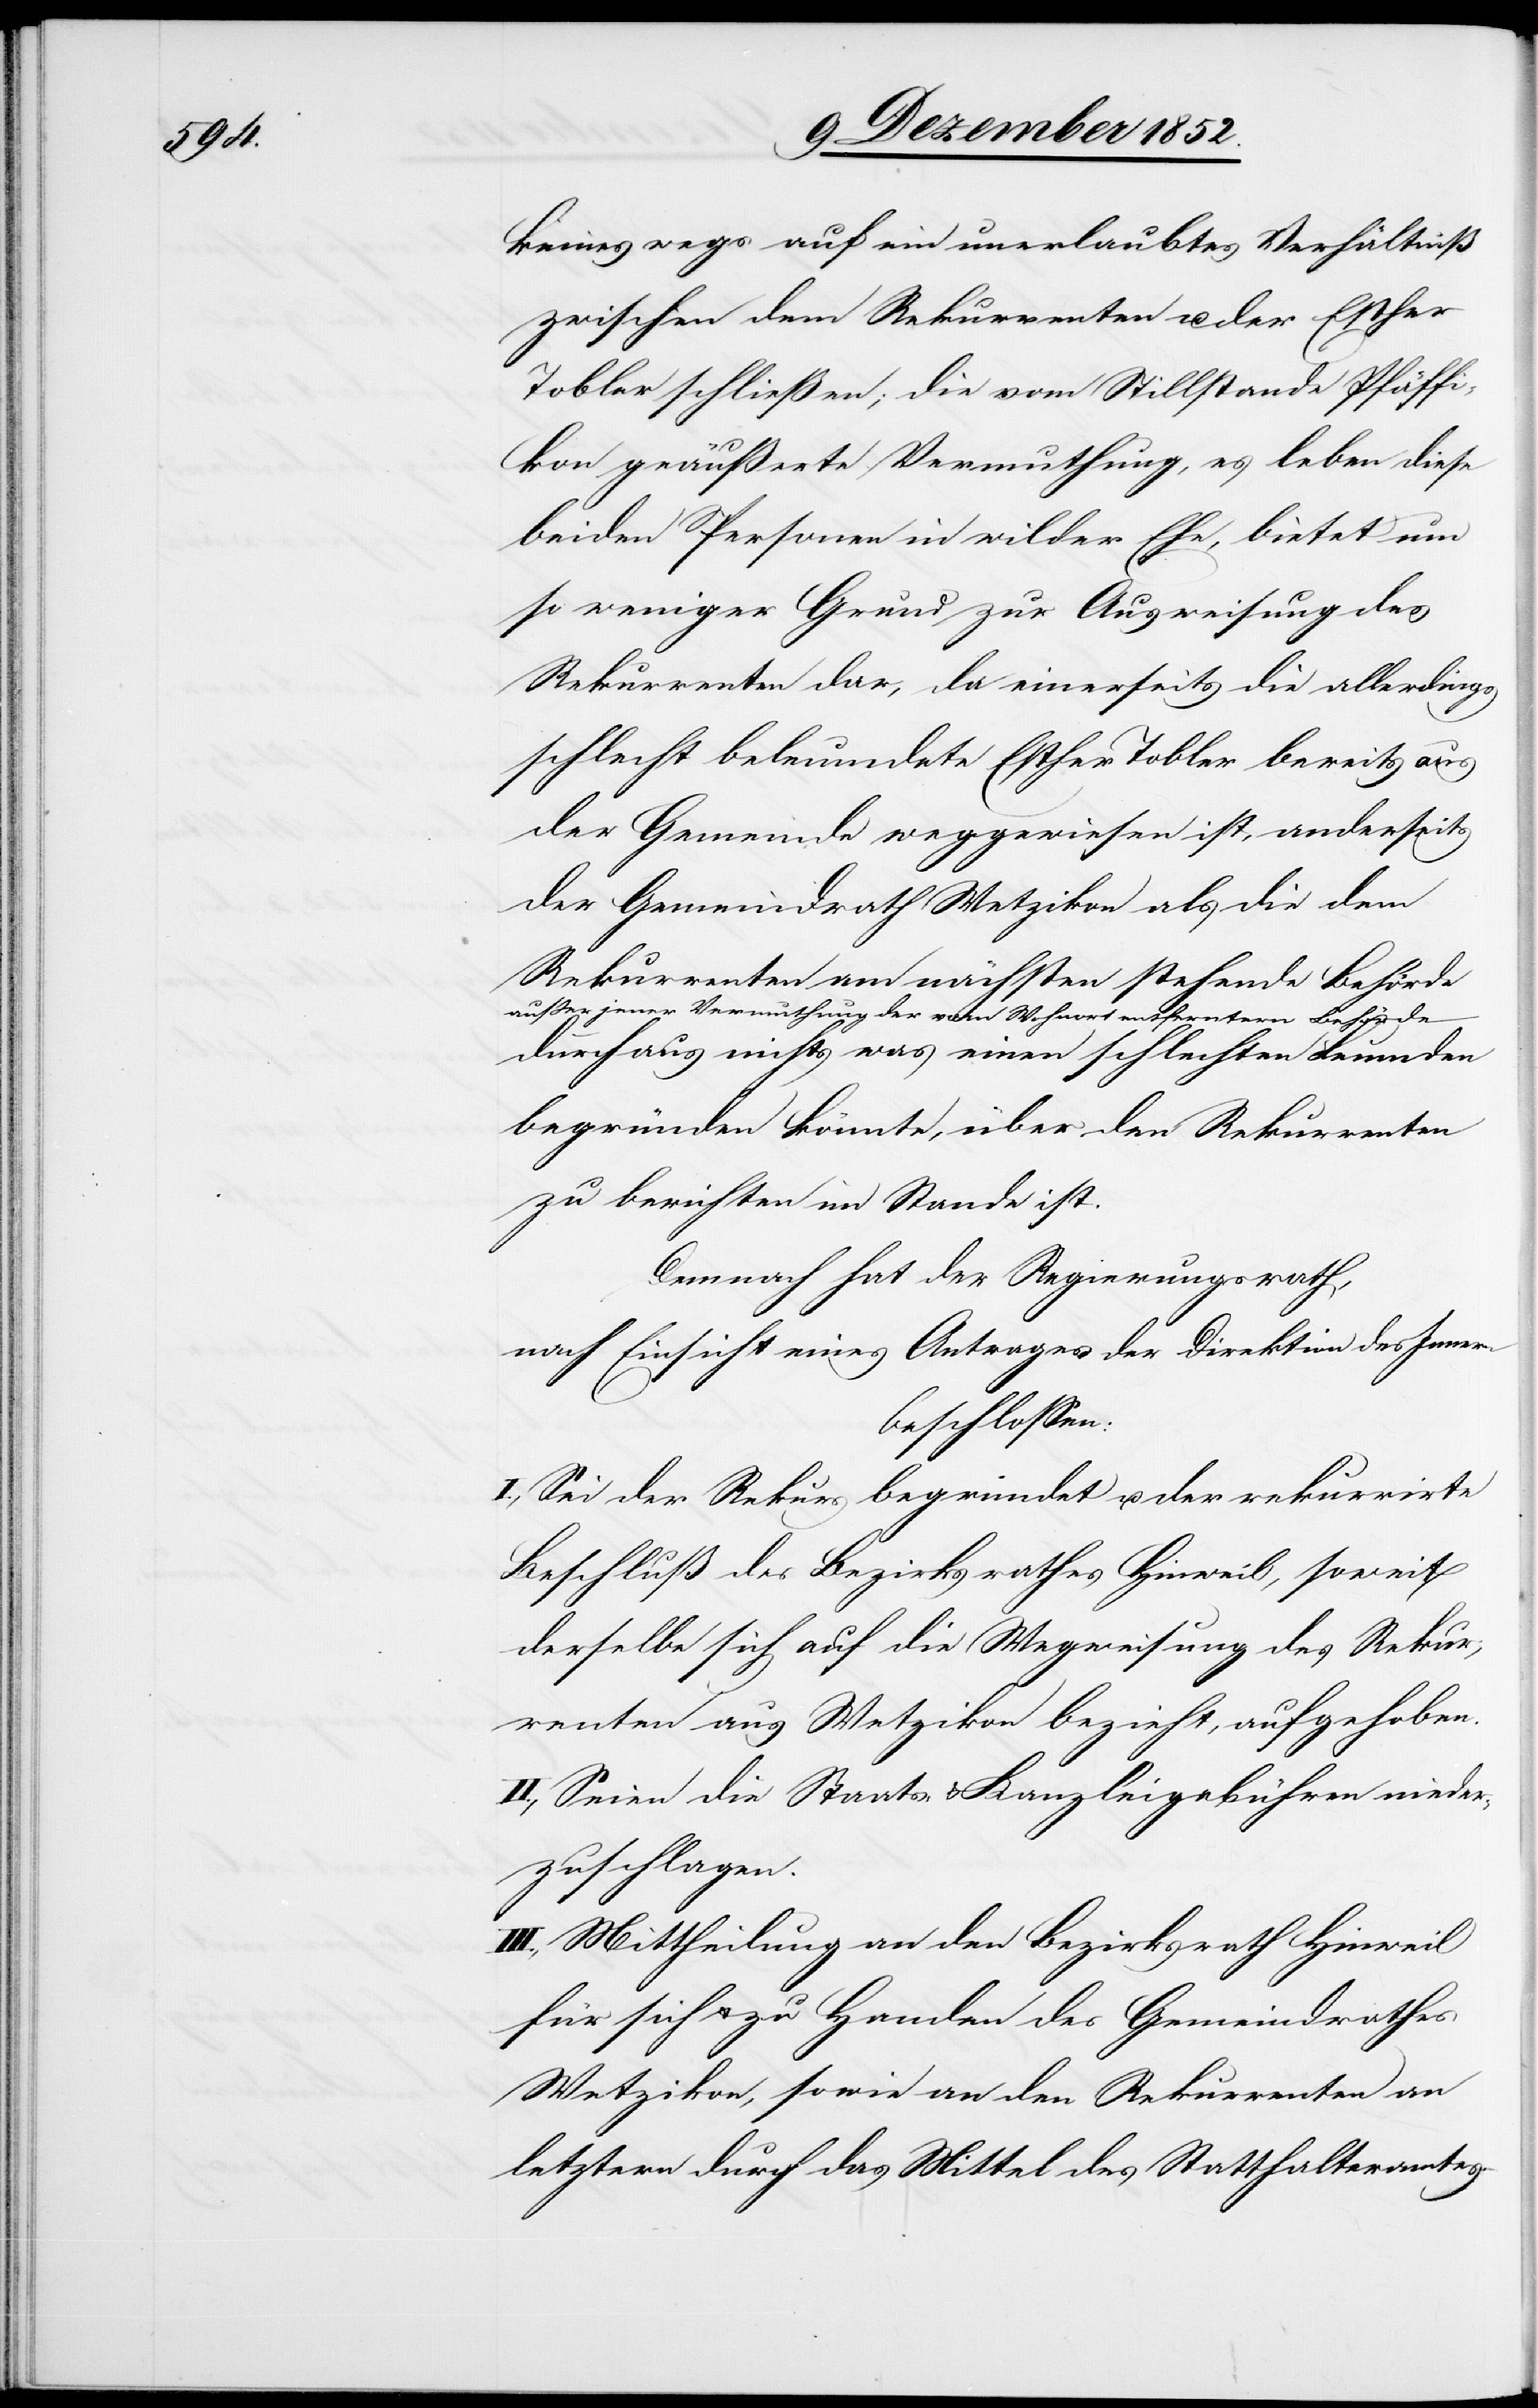
keineswegs auf ein unerlaubtes Verhältniß
zwischen dem Rekurrenten u. der Esther
Tobler schließen, die vom Stillstande Pfäffi¬
kon geäußerte Vermuthung, es leben diese
beiden Personen in wilder Ehe, bietet um
so weniger Grund zur Ausweisung des
Rekurrenten dar, da einerseits die allerdings
schlecht beleumdete Esther Tobler bereits aus
der Gemeinde weggewiesen ist, anderseits
der Gemeindrath Wetzikon als die dem
Rekurrenten am nächsten stehende Behörde
außer jener Vermuthung der vom Wohnort entferntern Behörde
durchaus nichts was einen schlechten Leumden
begründen könnte, über den Rekurrenten
zu berichten im Stande ist.
Demnach hat der Regierungsrath,
nach Einsicht eines Antrages der Direktion des Innern
beschlossen:
I., Sei der Rekurs begründet u. der rekurrirte
Beschluß des Bezirksrathes Hinweil, soweit
derselbe sich auf die Wegweisung des Rekur¬
renten aus Wetzikon bezieht, aufgehoben.
II., Seien die Staats- & Kanzleigebühren nieder¬
zuschlagen.
III., Mittheilung an den Bezirksrath Hinweil
für sich & zu Handen des Gemeindrathes
Wetzikon, sowie an den Rekurrenten an
letztern durch das Mittel des Statthalteramtes.